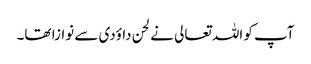
آپ کو اللہ تعالی نے لحن داؤدی سے نوازا تھا۔